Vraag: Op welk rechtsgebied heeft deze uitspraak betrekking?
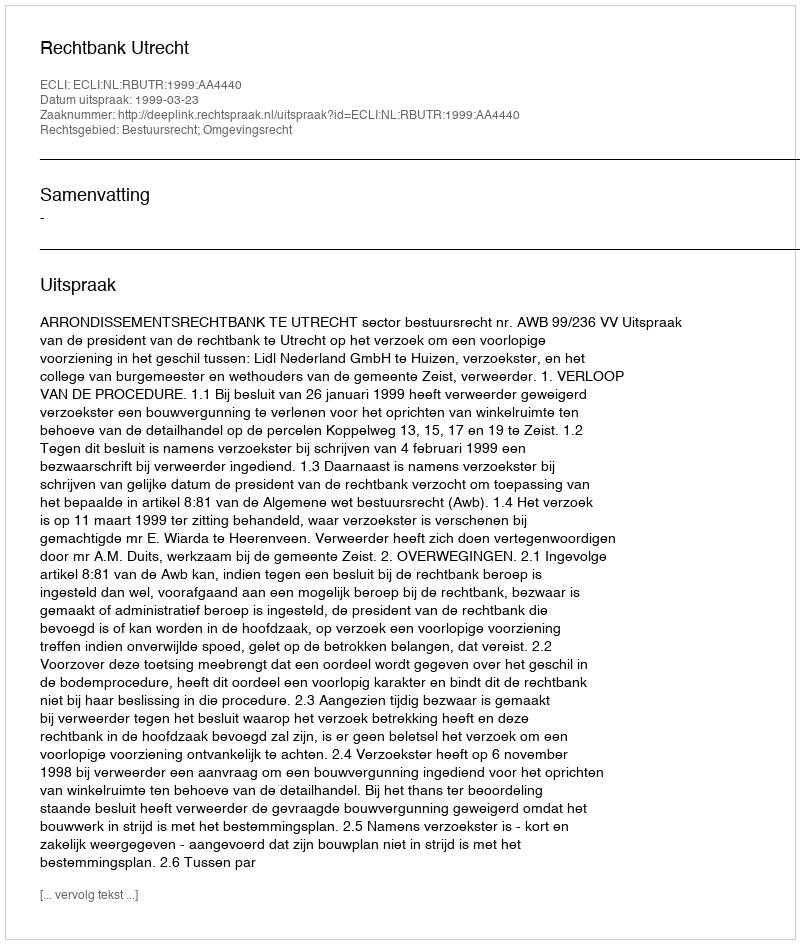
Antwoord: Bestuursrecht; Omgevingsrecht